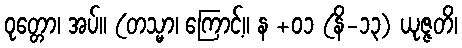
ဝုတ္တော၊ အပ်။ (တသ္မာ၊ ကြောင့်။ န +၀၁ (နိ-၁၃) ယုဇ္ဇတိ၊